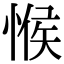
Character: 𢜵